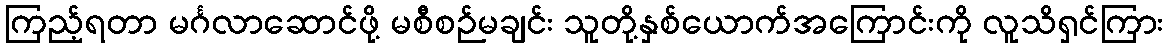
ကြည့်ရတာ မင်္ဂလာဆောင်ဖို့ မစီစဉ်မချင်း သူတို့နှစ်ယောက်အကြောင်းကို လူသိရှင်ကြား